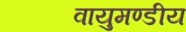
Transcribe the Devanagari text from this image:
वायुमण्डीय